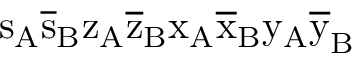
\mathrm { s _ { A } \mathrm { \overline { { s } } _ { B } \mathrm { z _ { A } \mathrm { \overline { { z } } _ { B } \mathrm { x _ { A } \mathrm { \overline { { x } } _ { B } \mathrm { y _ { A } \mathrm { \overline { { y } } _ { B } } } } } } } } }